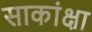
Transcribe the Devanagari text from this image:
साकांक्षा